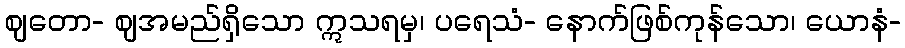
ဈတော- ဈအမည်ရှိသော ဣသရမှ၊ ပရေသံ- နောက်ဖြစ်ကုန်သော၊ ယောနံ-